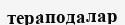
тераподалар